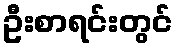
ဦးစာရင်းတွင်